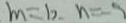
m = 1 0 , n = - 1